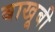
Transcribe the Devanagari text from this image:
बाखूबी